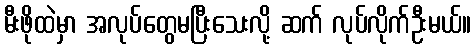
မီးဖိုထဲမှာ အလုပ်တွေမပြီးသေးလို့ ဆက် လုပ်လိုက်ဦးမယ်။